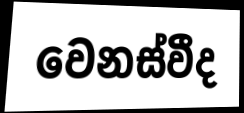
වෙනස්වීද